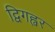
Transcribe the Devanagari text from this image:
द्विगह्वर